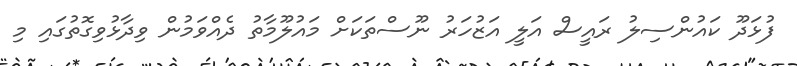
ފުޅަދޫ ކައުންސިލު ރައީސް އަލީ އަޒުހަރު ނޫސްތަކަށް މައުލޫމާތު ދެއްވަމުން ވިދާޅުވިގޮތުގައި މި